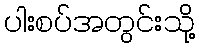
ပါးစပ်အတွင်းသို့